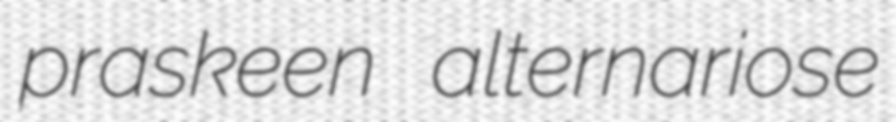
praskeen alternariose